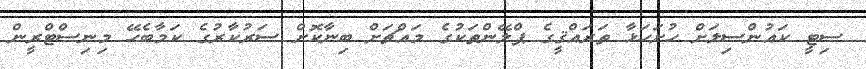
ސިޓީ ކައުންސިލަށް ހުށަހަޅާ ތަރައްޤީގެ ޕްލޭންތަކުގެ މައްޗަށް ބިނާކޮށް ސަރުކާރުގެ ކަމާބެހޭ މިނިސްޓްރީން